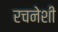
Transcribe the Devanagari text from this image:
रचनेशी